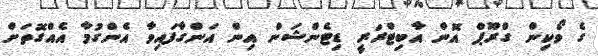
ގެ ވޯކިން ގްރޫޕް އޮން އާބިޓްރަރީ ޑިޓެންޝަން އިން އަންގާފައިވާ އެންގުމާ އެއްގޮތަށް